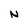
Character: N